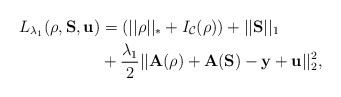
\begin{align*}L_{\lambda_1}(\mathbf{\rho},\mathbf{S},\mathbf{u}) &= \left( ||\rho||_*+ I_{\mathcal{C}}(\rho) \right) + ||\mathbf{S}||_1 \\&+ \frac{\lambda_1}{2}||\mathbf{A}(\mathbf{\rho}) + \mathbf{A} (\mathbf{S})- \mathbf{y}+ \mathbf{u}||_2^2,\end{align*}